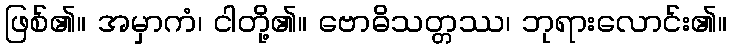
ဖြစ်၏။ အမှာကံ၊ ငါတို့၏။ ဗောဓိသတ္တဿ၊ ဘုရားလောင်း၏။